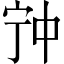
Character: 𡧲